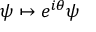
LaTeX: \psi \mapsto e ^ { i \theta } \psi